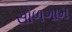
સોળગામ